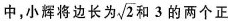
中，小辉将边长为\sqrt{2}和3的两个正